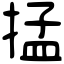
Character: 掹